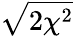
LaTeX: \sqrt{2\chi^{2}}